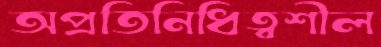
অপ্রতিনিধিত্বশীল